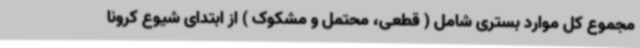
مجموع کل موارد بستری شامل ( قطعی، محتمل و مشکوک ) از ابتدای شیوع کرونا